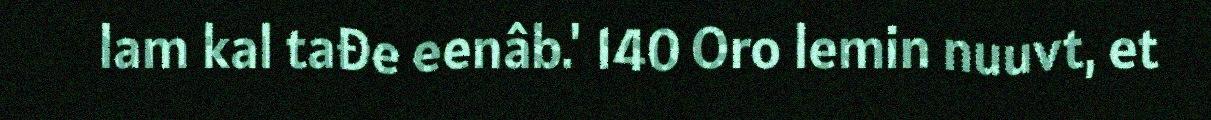
lam kal tađe eenâb.' 140 Oro lemin nuuvt, et